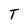
Character: T